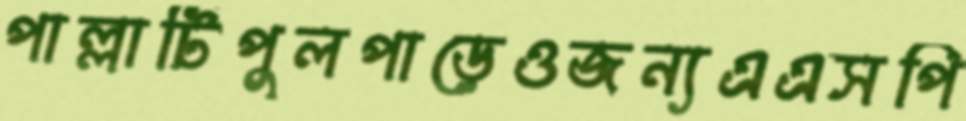
পাল্লাটিপুলপাড়েওজন্যএএসপি